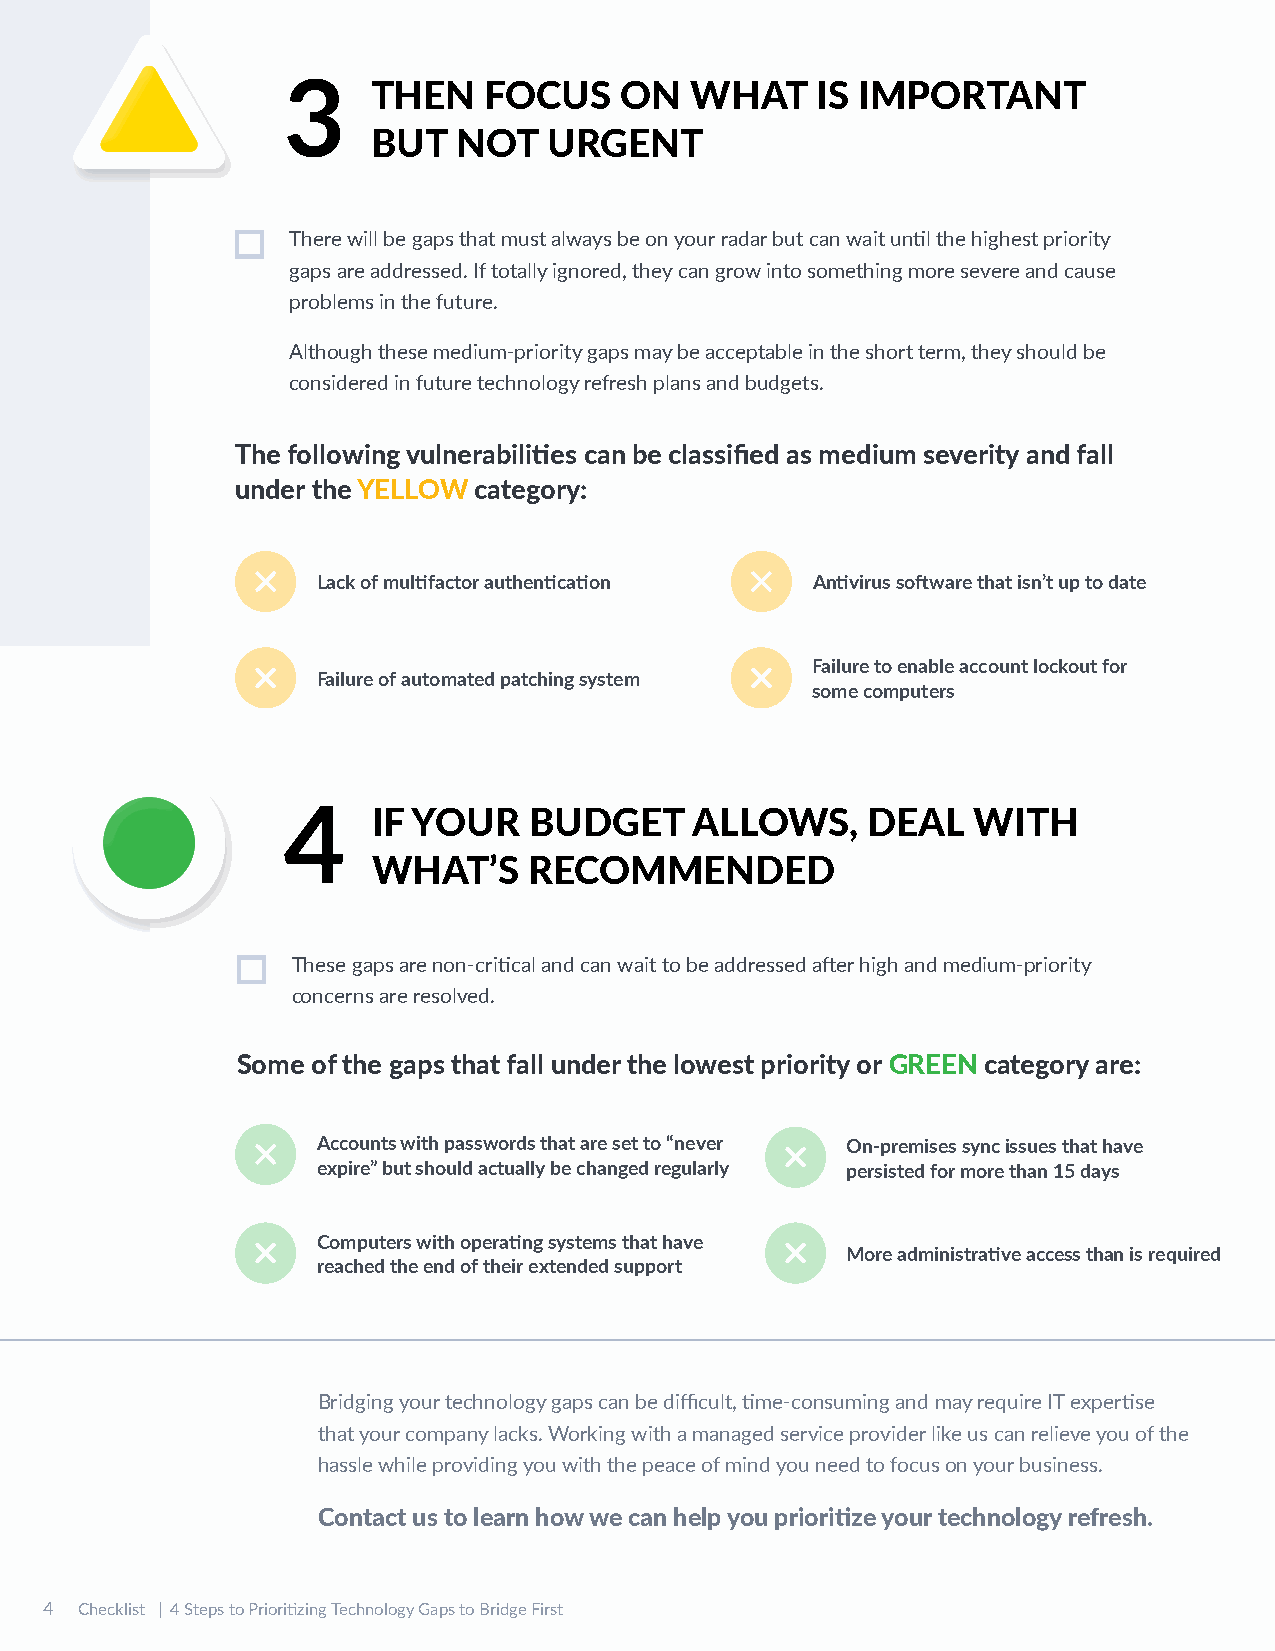
3     THEN   FOCUS    ON   WHAT    IS IMPORTANT
 BUT  NOT   URGENT
 There will be gaps that must always be on your radar but can wait until the highest priority
 gaps are addressed. If totally ignored, they can grow into something more severe and cause
 problems in the future.
 Although these medium-priority gaps may be acceptable in the short term, they should be
 considered in future technology refresh plans and budgets.
 The following vulnerabilities can be classified as medium severity and fall
 under the YELLOW category:
 Lack of multifactor authentication Antivirus software that isn’t up to date
 Failure to enable account lockout for
 Failure of automated patching system
 some computers
 4     IF YOUR   BUDGET     ALLOWS,    DEAL   WITH
 WHAT’S    RECOMMENDED
 These gaps are non-critical and can wait to be addressed after high and medium-priority
 concerns are resolved.
 Some of the gaps that fall under the lowest priority or GREEN category are:
 Accounts with passwords that are set to “never On-premises sync issues that have
 expire” but should actually be changed regularly persisted for more than 15 days
 Computers with operating systems that have
 More administrative access than is required
 reached the end of their extended support
 Bridging your technology gaps can be difficult, time-consuming and may require IT expertise
 that your company lacks. Working with a managed service provider like us can relieve you of the
 hassle while providing you with the peace of mind you need to focus on your business.
 Contact us to learn how we can help you prioritize your technology refresh.
 4 Checklist | 4 Steps to Prioritizing Technology Gaps to Bridge First